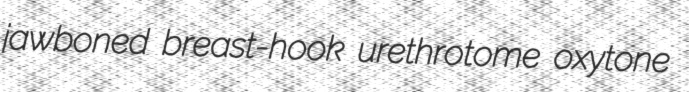
jawboned breast-hook urethrotome oxytone